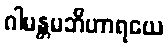
ဂါမန္တမဘိဟာရယေ